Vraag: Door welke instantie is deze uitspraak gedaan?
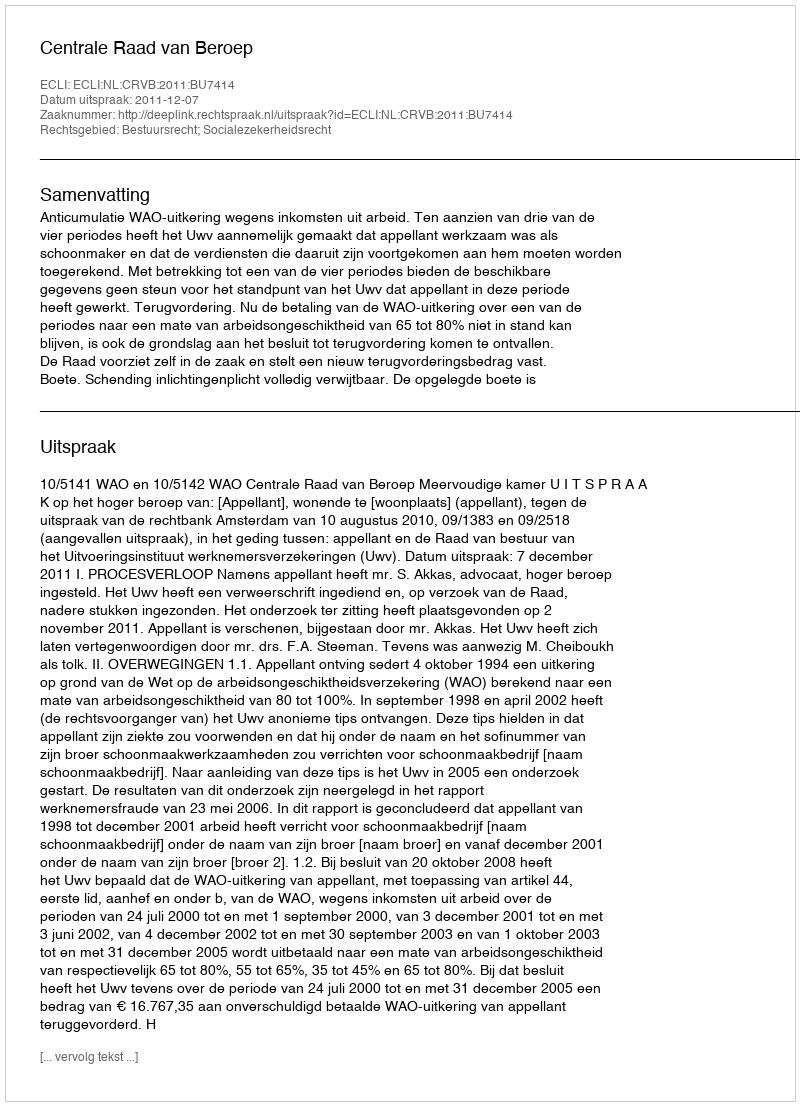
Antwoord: Centrale Raad van Beroep